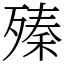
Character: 殝